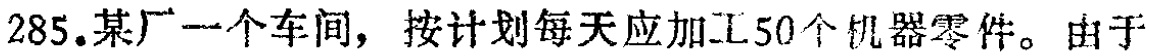
285.某厂一个车间，按计划每天应加工50个机器零件。由于